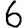
Digit: 6